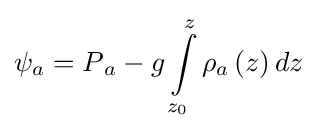
\psi _{a}=P{_{a}}-g\int \limits _{z_{0}}^{z}\rho _{a}\left(z\right)dz